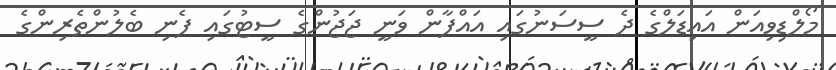
މޯލްޑިވިއަން އައިޑަލްގެ ދެ ސީސަނުގައި އައްފާން ވަނީ ޖަޖުންގެ ސީޓުގައި ފެނި ބެލުންތެރިންގެ